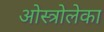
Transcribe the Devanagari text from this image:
ओस्त्रोलेका